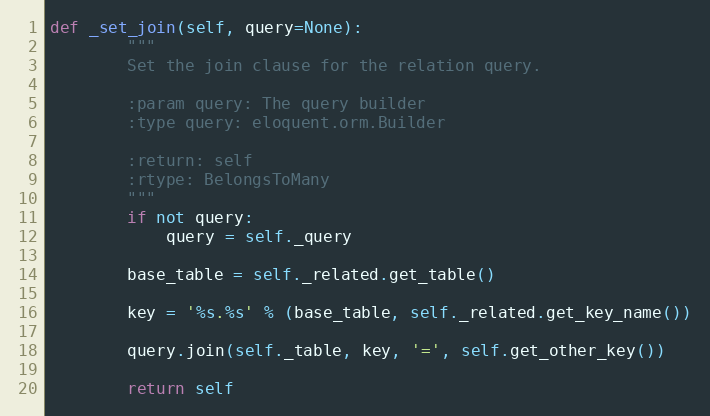
Language: Python
def _set_join(self, query=None):
        """
        Set the join clause for the relation query.

        :param query: The query builder
        :type query: eloquent.orm.Builder

        :return: self
        :rtype: BelongsToMany
        """
        if not query:
            query = self._query

        base_table = self._related.get_table()

        key = '%s.%s' % (base_table, self._related.get_key_name())

        query.join(self._table, key, '=', self.get_other_key())

        return self